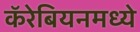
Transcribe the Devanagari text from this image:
कॅरेबियनमध्ये